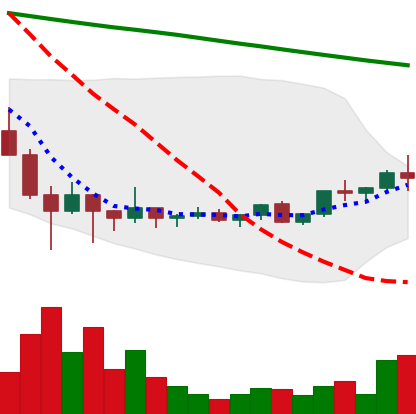
Ticker: ADA-USD
Chart end date: 2022-02-08
Forward return: -11.275%
Label: down_7plus